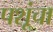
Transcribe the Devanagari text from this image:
पशूंचा